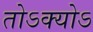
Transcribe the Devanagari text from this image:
तोऽक्योऽ